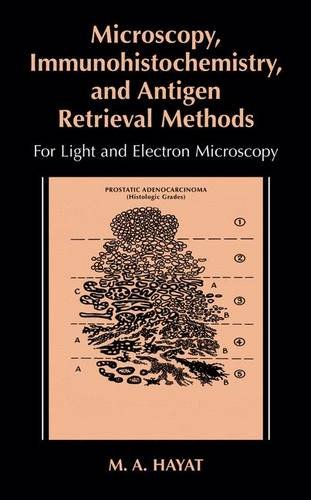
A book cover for Microscopy, Immunohistochemistry, and Antigen Retrieval Methods: For Light and Electron Microscopy; M.A. Hayat; Medical Books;